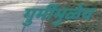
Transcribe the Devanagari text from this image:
गुर्मीमुळेच